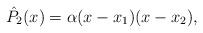
LaTeX: \begin{align*}\hat {P}_2(x)=\alpha(x- x_1)(x- x_2),\end{align*}